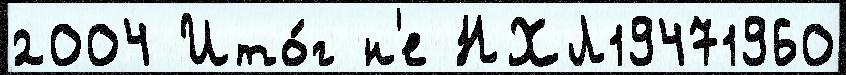
2004 Ито́г н'е НХЛ19471960